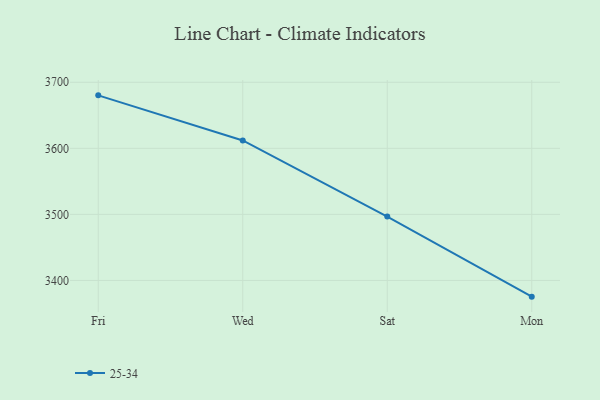
{"axis": {"x": "Day", "y": "Humidity (%)"}, "legend": ["25-34"], "data": [{"x": "Fri", "y": 3680.2, "type": "25-34"}, {"x": "Wed", "y": 3611.9, "type": "25-34"}, {"x": "Sat", "y": 3496.8, "type": "25-34"}, {"x": "Mon", "y": 3375.5, "type": "25-34"}]}